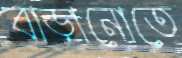
বাড়ানোতে